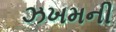
ઝખમની